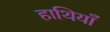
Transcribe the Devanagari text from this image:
हाथियाँ